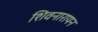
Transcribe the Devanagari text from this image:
शिवनारायन